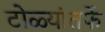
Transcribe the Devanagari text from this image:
टोळ्यांतर्फे